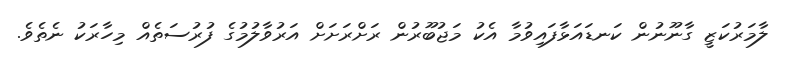
ލާމަރުކަޒީ ގާނޫނުން ކަނޑައަޅާފައިވުމާ އެކު މަޖުބޫރުން ރަށްރަށަށް އަރުވާލުމުގެ ފުރުސަތެއް މިހާރަކު ނެތެވެ.